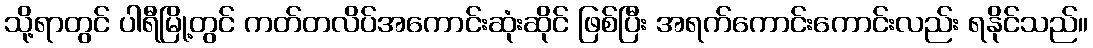
သို့ရာတွင် ပါရီမြို့တွင် ကတ်တလိပ်အကောင်းဆုံးဆိုင် ဖြစ်ပြီး အရက်ကောင်းကောင်းလည်း ရနိုင်သည်။